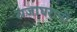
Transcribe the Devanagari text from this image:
राजाघरानों